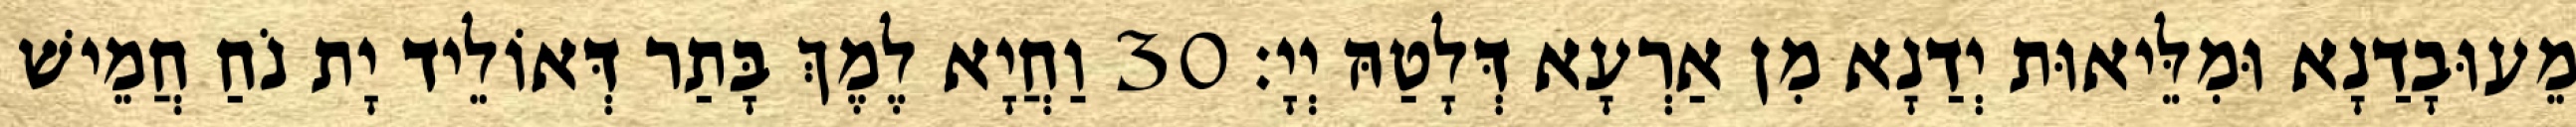
מֵעוּבָדַנָא וּמִלֵּיאוּת יְדַנָא מִן אַרְעָא דְּלָטַהּ יְיָ׃ 30 וַחֲיָא לֶמֶךְ בָּתַר דְּאוֹלֵיד יָת נֹחַ חֲמֵישׁ